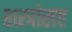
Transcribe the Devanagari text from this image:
शस्त्रांसह